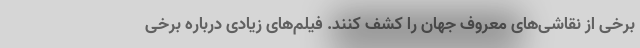
برخی از نقاشی‌های معروف جهان را کشف کنند. فیلم‌های زیادی درباره برخی